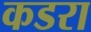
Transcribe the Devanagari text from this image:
कडरा